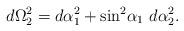
LaTeX: \begin{align*}d\Omega_2^2=d\alpha_1^2+{\sin}^2{\alpha_1} \ d\alpha_2^2.\end{align*}